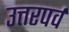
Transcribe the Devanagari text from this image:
उत्तरपर्व